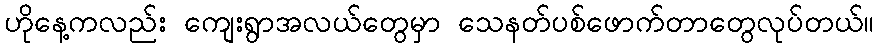
ဟိုနေ့ကလည်း ကျေးရွာအလယ်တွေမှာ သေနတ်ပစ်ဖောက်တာတွေလုပ်တယ်။